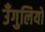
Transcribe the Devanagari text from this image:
उँगुलियों